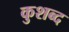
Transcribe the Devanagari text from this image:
कुशब्द